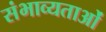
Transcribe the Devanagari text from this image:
संभाव्यताओं